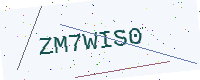
Text: ZM7WIS0